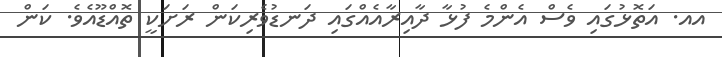
އއ. އަތޮޅުގައި ވެސް އެންމެ ފުޅާ ދާއިރާއެއްގައި ދަނޑުވެރިކަން ރަށަކީ ތޮއްޑޫއެވެ. ކަން